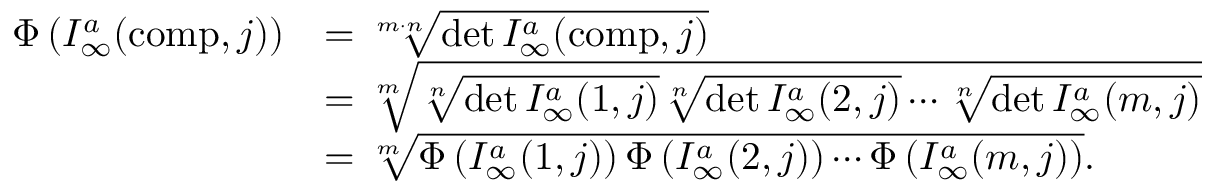
\begin{array} { r l } { \Phi \left( { \cal I } _ { \infty } ^ { a } ( \mathrm { c o m p } , j ) \right) } & { = \sqrt [ m \cdot n ] { \operatorname* { d e t } { \cal I } _ { \infty } ^ { a } ( \mathrm { c o m p } , j ) } } \\ & { = \sqrt [ m ] { \sqrt [ n ] { \operatorname* { d e t } { \cal I } _ { \infty } ^ { a } ( 1 , j ) } \sqrt [ n ] { \operatorname* { d e t } { \cal I } _ { \infty } ^ { a } ( 2 , j ) } \cdots \sqrt [ n ] { \operatorname* { d e t } { \cal I } _ { \infty } ^ { a } ( m , j ) } } } \\ & { = \sqrt [ m ] { \Phi \left( { \cal I } _ { \infty } ^ { a } ( 1 , j ) \right) \Phi \left( { \cal I } _ { \infty } ^ { a } ( 2 , j ) \right) \cdots \Phi \left( { \cal I } _ { \infty } ^ { a } ( m , j ) \right) } . } \end{array}